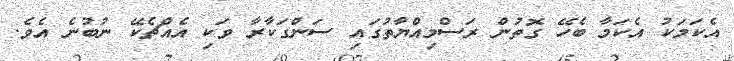
އެކަމަކު އެކަމާ ބެހޭ ގޮތުން ރަސްމިއްޔާތުގައި ސަންގަކާރާ ވަކި އެއްޗެކޭ ނުބުނެ އެވެ.